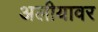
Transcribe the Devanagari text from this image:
अलीयावर